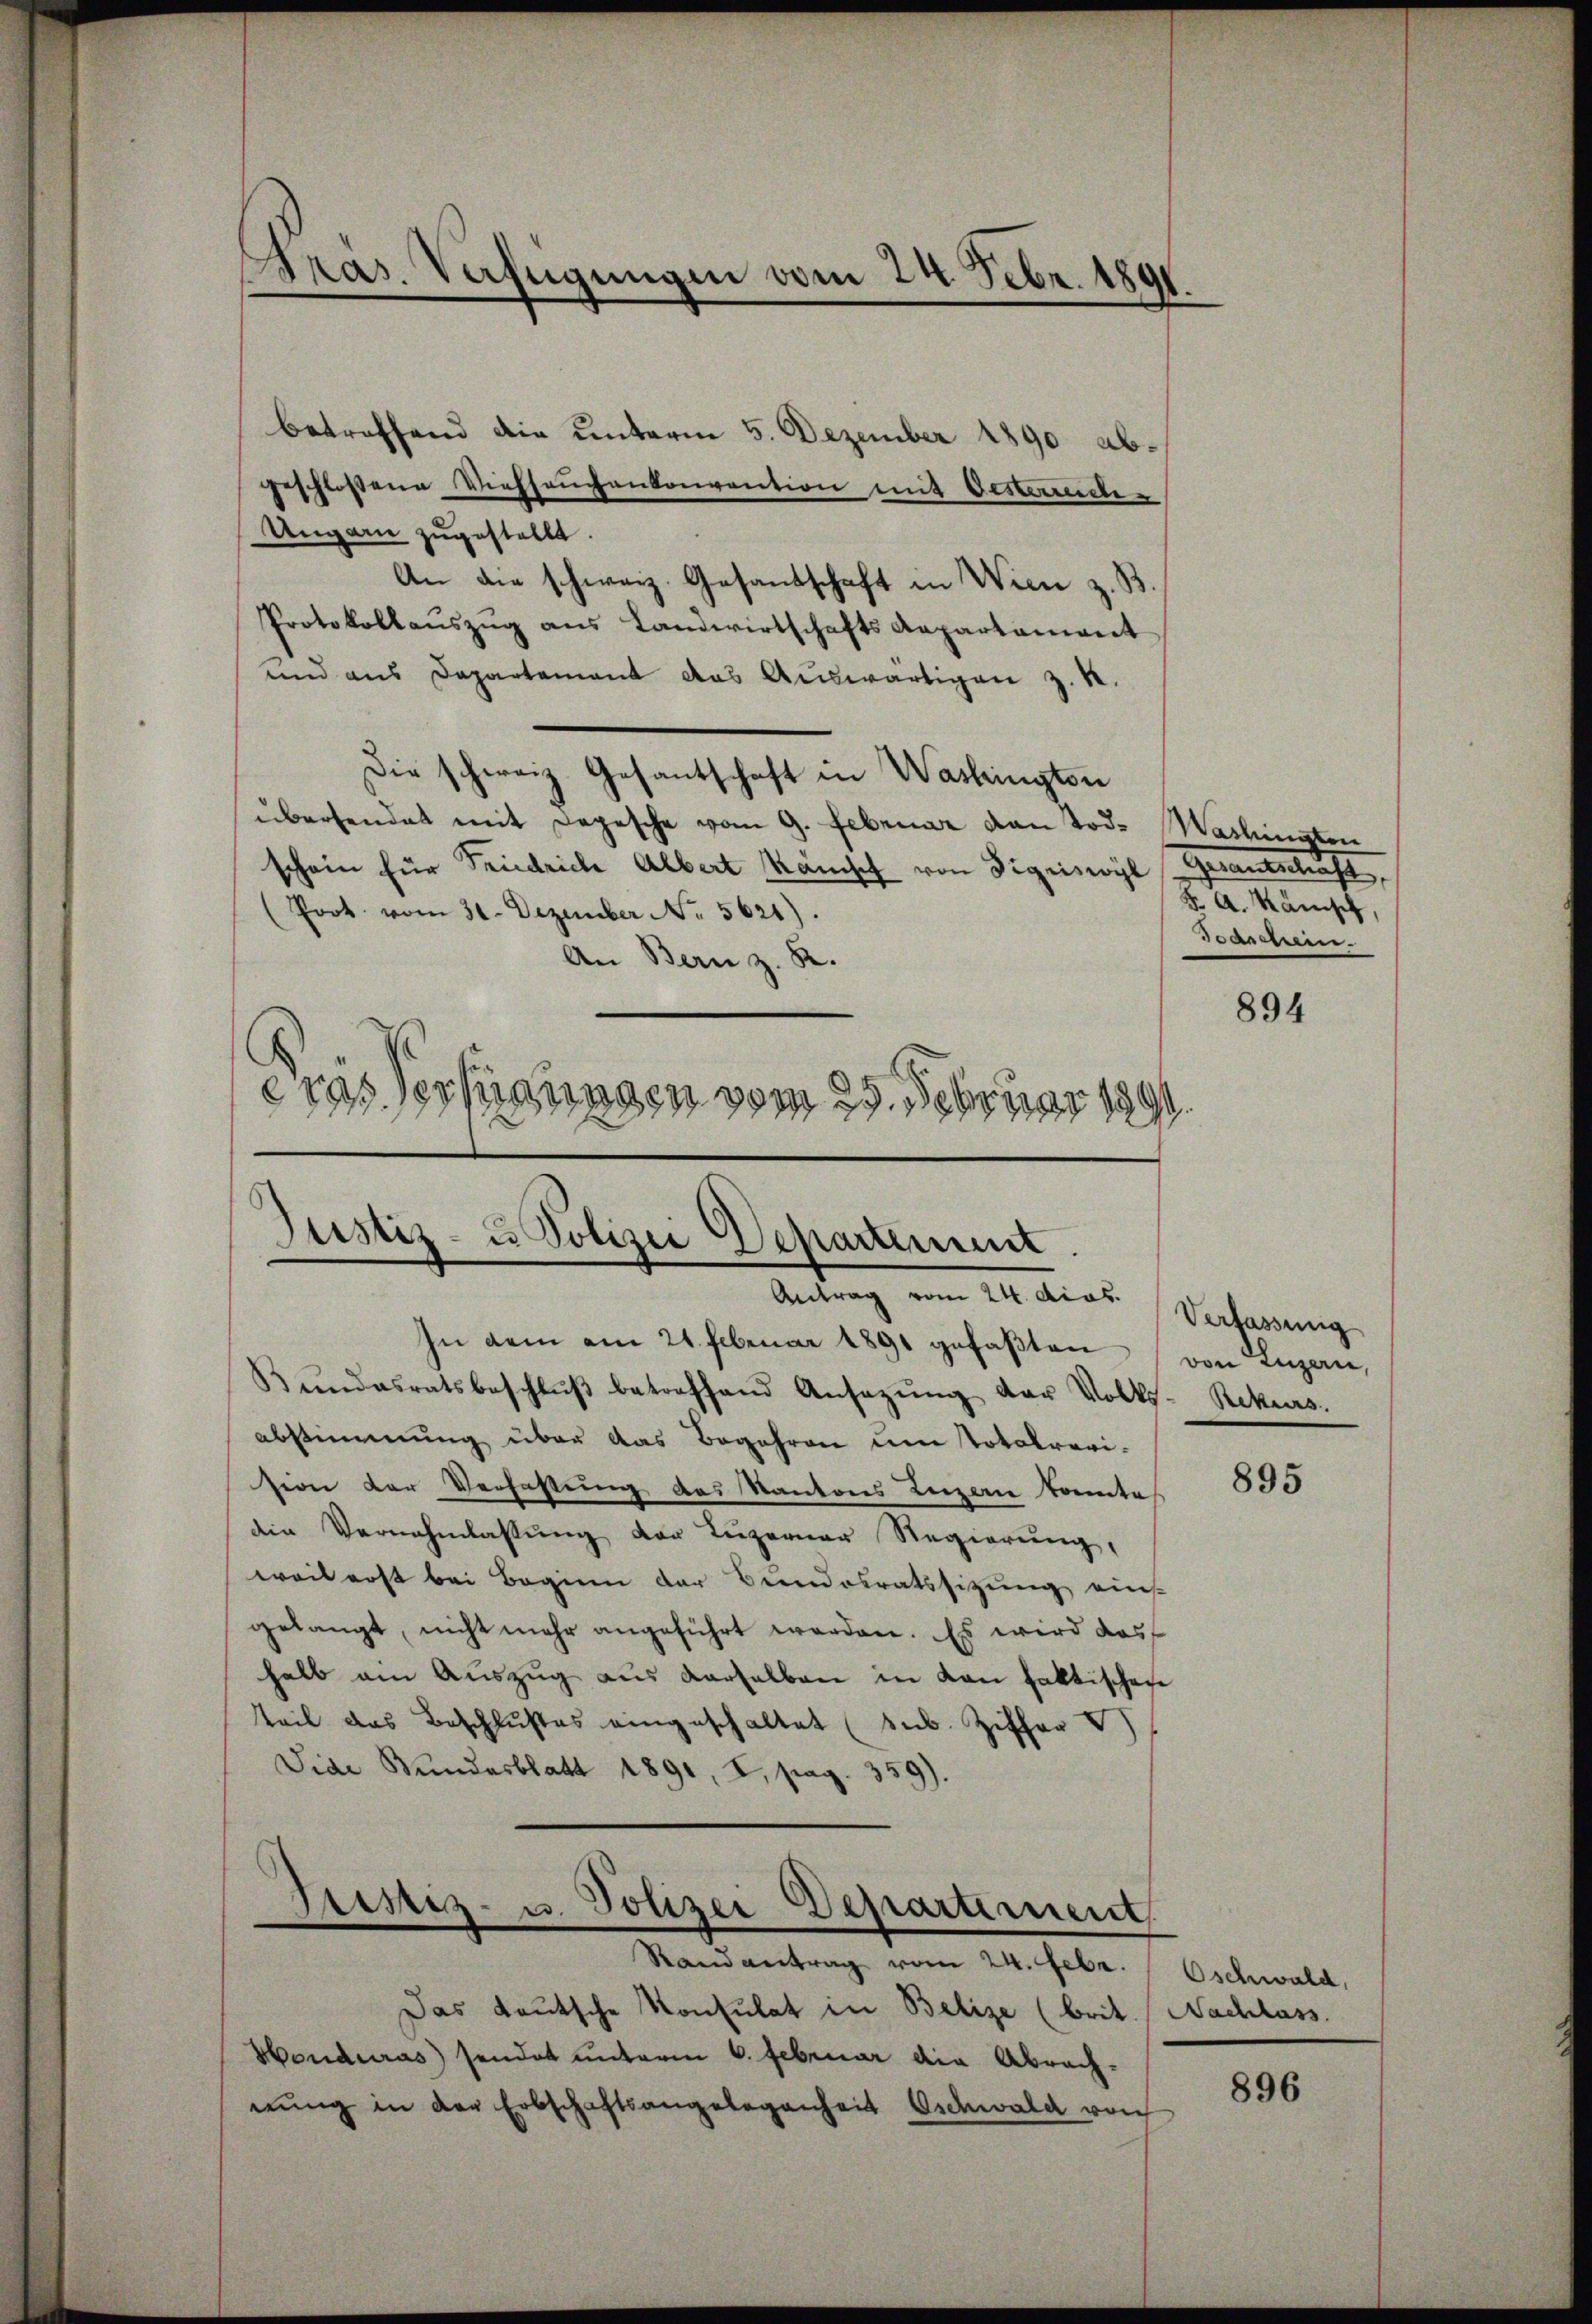
Präs. Verfügungen vom 24. Febr. 1891

betreffend die unterm 5. Dezember 1890 abgeschlossene Viehseuchenkonvention mit Oestrinde-
Ungarn zugestellt.
An die schweiz. Gesandschaft in Wien z. B.
Protokollaŭszŭg ans Landwirtschafts Repartement
und aus Departement das Auswärtigen z. B.
Die schweiz. Gesantschaft in Washington
übersendet mit Depesche vom 9. Februar van Tod. Washinaten
schein für Friedriche Albert Kamisch von Sigriswyl (Grandschaft
(Poot vom 31. Dezember No. 5621).
An Bern z. R.
Gras Verfügungen vom 25. Februar 1891.

Justiz- u. Polizei Departement.
Antrag vom 24. dies Verfassung

In dem am 21. Februar 1891 gefaßten von Luzern,
Bŭndesratsbeschlŭβ betreffend Ansezŭng der Volks- Rekurs.
abstimmung über das Begehren um Totalrevision der Verfassung des Kantons Luzern konnte
die Vernahmlassung der Luzerner Regierung,
weit erst bei Beginn der Bundesratssitzung eins
gelangt, nicht mehr angeführt werden. Es wird das
halb am Aŭszŭg aŭs derselben in von faktischafe
Teil das Beschlußes eingeschaltet (sub. Ziffer 4)
Vide Bundesblatt 1891, I. pag. 359).

Fristiz- u. Polizei Departement,
Randantrag vom 24. Febr.

Das teutsche Konsulat in Belize (brit. Nachlass.
Honduras) sendet unterm 6. Februar die Abrachnung in der Erbschaftsangelegenheit Oschwald von

K. A. Känisch,
Baschein.

894

895

Oschwald,

896